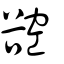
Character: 谾